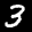
Label: 3